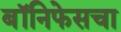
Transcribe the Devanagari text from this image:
बॉनिफेसचा